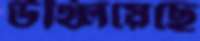
উথ্‌লিয়েছে